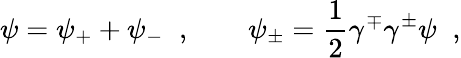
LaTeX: \psi=\psi_{+}+\psi_{-}\; \; ,\qquad\psi_{\pm}={\frac{1}{2}}\gamma^{\mp}\gamma^{\pm}\psi\; \; ,